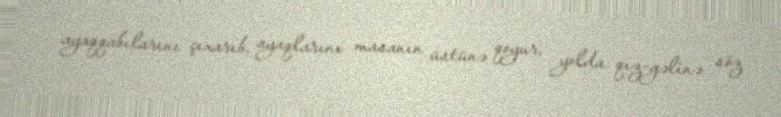
ayaqqabılarını çıxarıb, ayaqlarını masanın üstünə qoyur, yolda qız-gəlinə söz